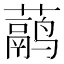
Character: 𬟁